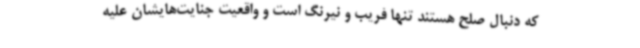
که دنبال صلح هستند تنها فریب و نیرنگ است و واقعیت جنایت‌هایشان علیه